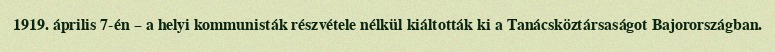
1919. április 7-én – a helyi kommunisták részvétele nélkül kiáltották ki a Tanácsköztársaságot Bajorországban.